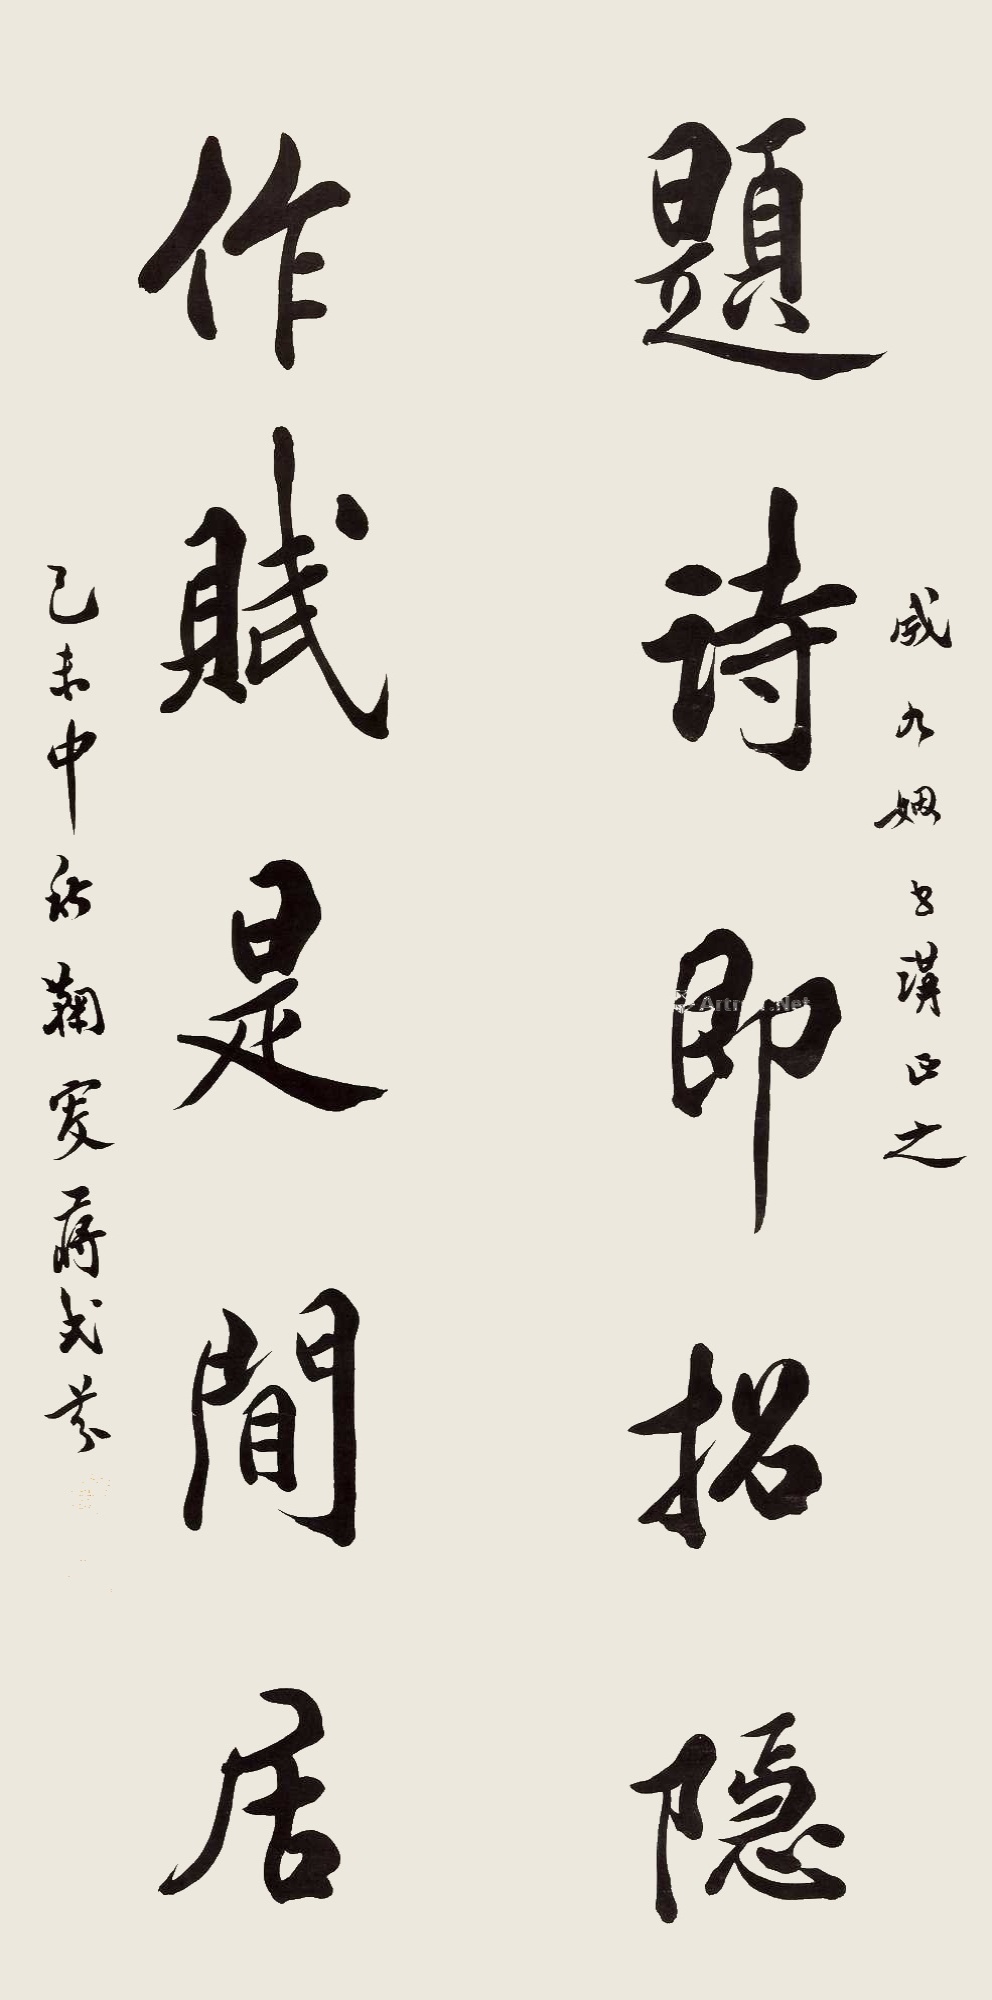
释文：题诗即招隐，作赋是闲居。成九姻世讲正之。己未中秋，鞠叟蒋式芬。